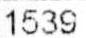
1539